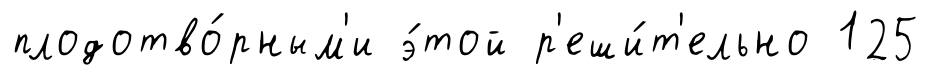
плодотво́рным'и э́той р'еши́т'ельно 125